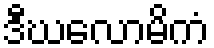
ဒီဃလောမိကံ